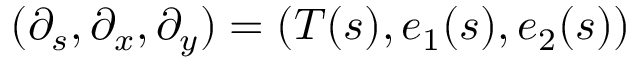
( \partial _ { s } , \partial _ { x } , \partial _ { y } ) = ( T ( s ) , e _ { 1 } ( s ) , e _ { 2 } ( s ) )